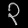
Digit: ၃